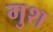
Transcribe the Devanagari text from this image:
गुश